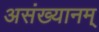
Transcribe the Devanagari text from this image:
असंख्यानम्‌